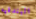
البندقيه